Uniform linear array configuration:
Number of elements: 32
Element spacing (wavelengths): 0.25
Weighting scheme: blackman
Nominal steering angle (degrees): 60
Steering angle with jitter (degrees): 61.941
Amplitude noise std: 0.05
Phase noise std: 0.05

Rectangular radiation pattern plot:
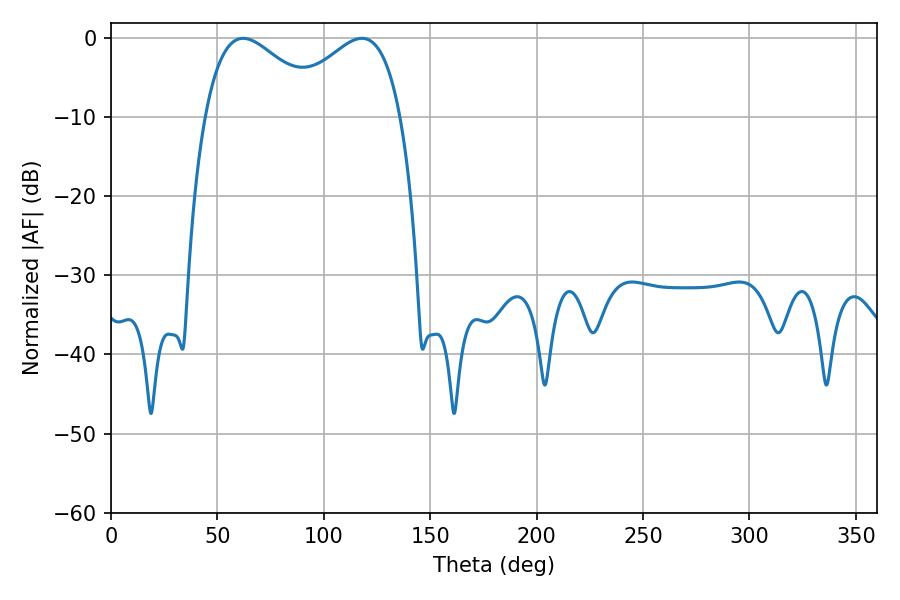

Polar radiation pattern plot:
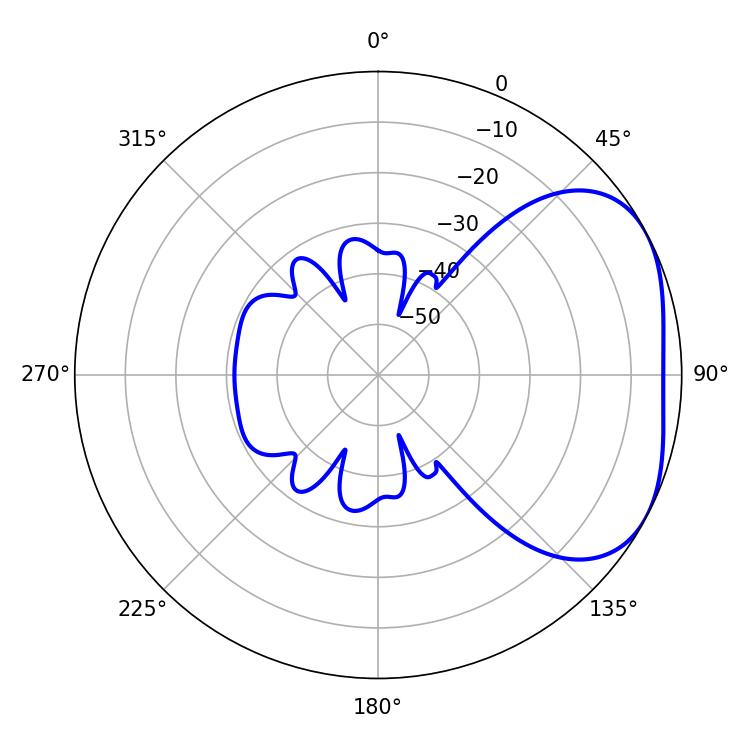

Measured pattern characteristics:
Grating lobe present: FALSE
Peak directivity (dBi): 3.283
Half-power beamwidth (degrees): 30.24
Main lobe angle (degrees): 62.1